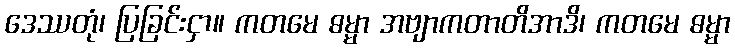
ဒေဿတုံ၊ ပြခြင်းငှာ။ ကတမေ ဓမ္မာ အဗျာကတာတိအာဒိ၊ ကတမေ ဓမ္မာ